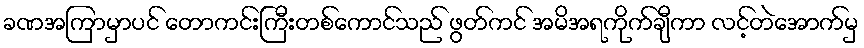
ခဏအကြာမှာပင် တောကင်းကြီးတစ်ကောင်သည် ဖွတ်ကင် အမိအရကိုက်ချီကာ လင့်တဲအောက်မှ